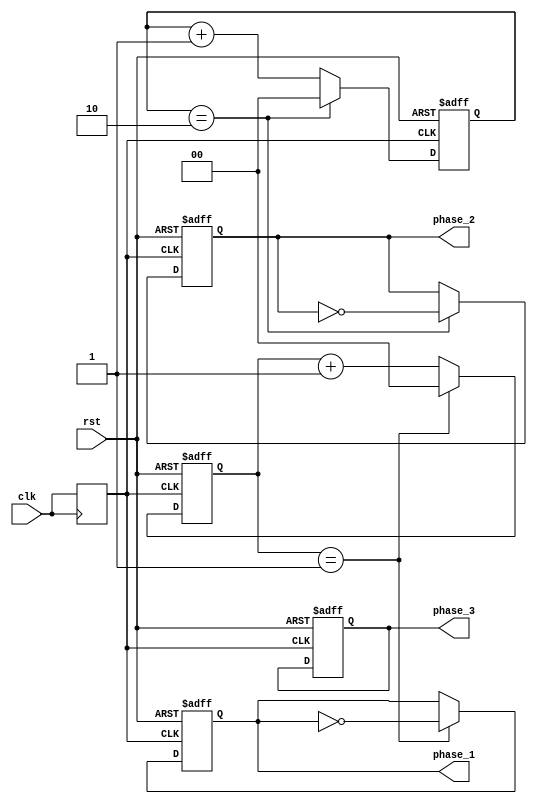
module multi_phase_clock_divider (
    input wire clk,
    input wire rst,
    output reg phase_1,
    output reg phase_2,
    output reg phase_3
);

// Define parameters for the division ratios
parameter DIV_1 = 1;
parameter DIV_2 = 2;
parameter DIV_3 = 4;

// Define internal counters for each phase
reg [1:0] counter_1 = 2'b00;
reg [1:0] counter_2 = 2'b00;
reg [1:0] counter_3 = 2'b00;

// Synchronize input clock signal
reg clk_sync;
always @(posedge clk) begin
    clk_sync <= clk;
end

// Counter for each phase
always @(posedge clk_sync or posedge rst) begin
    if (rst) begin
        counter_1 <= 2'b00;
        counter_2 <= 2'b00;
        counter_3 <= 2'b00;
        phase_1 <= 1'b0;
        phase_2 <= 1'b0;
        phase_3 <= 1'b0;
    end else begin
        // Update counters based on division ratios
        if (counter_1 == DIV_1) begin
            counter_1 <= 2'b00;
            phase_1 <= ~phase_1;
        end else begin
            counter_1 <= counter_1 + 1;
        end
        
        if (counter_2 == DIV_2) begin
            counter_2 <= 2'b00;
            phase_2 <= ~phase_2;
        end else begin
            counter_2 <= counter_2 + 1;
        end
        
        if (counter_3 == DIV_3) begin
            counter_3 <= 2'b00;
            phase_3 <= ~phase_3;
        end else begin
            counter_3 <= counter_3 + 1;
        end
    end
end

endmodule